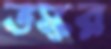
তস্কর